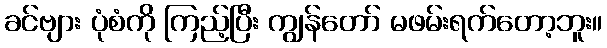
ခင်ဗျား ပုံစံကို ကြည့်ပြီး ကျွန်တော် မဖမ်းရက်တော့ဘူး။